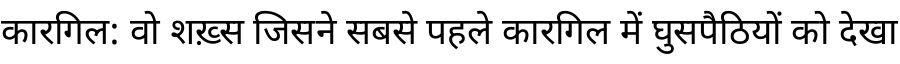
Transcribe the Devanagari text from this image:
कारगिल: वो शख़्स जिसने सबसे पहले कारगिल में घुसपैठियों को देखा